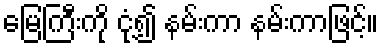
မြေကြီးကို ငုံ့၍ နမ်းကာ နမ်းကာဖြင့်။